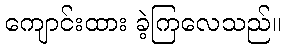
ကျောင်းထား ခဲ့ကြလေသည်။